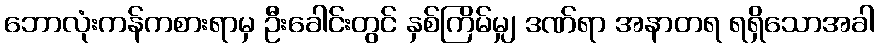
ဘောလုံးကန်ကစားရာမှ ဦးခေါင်းတွင် နှစ်ကြိမ်မျှ ဒဏ်ရာ အနာတရ ရရှိသောအခါ